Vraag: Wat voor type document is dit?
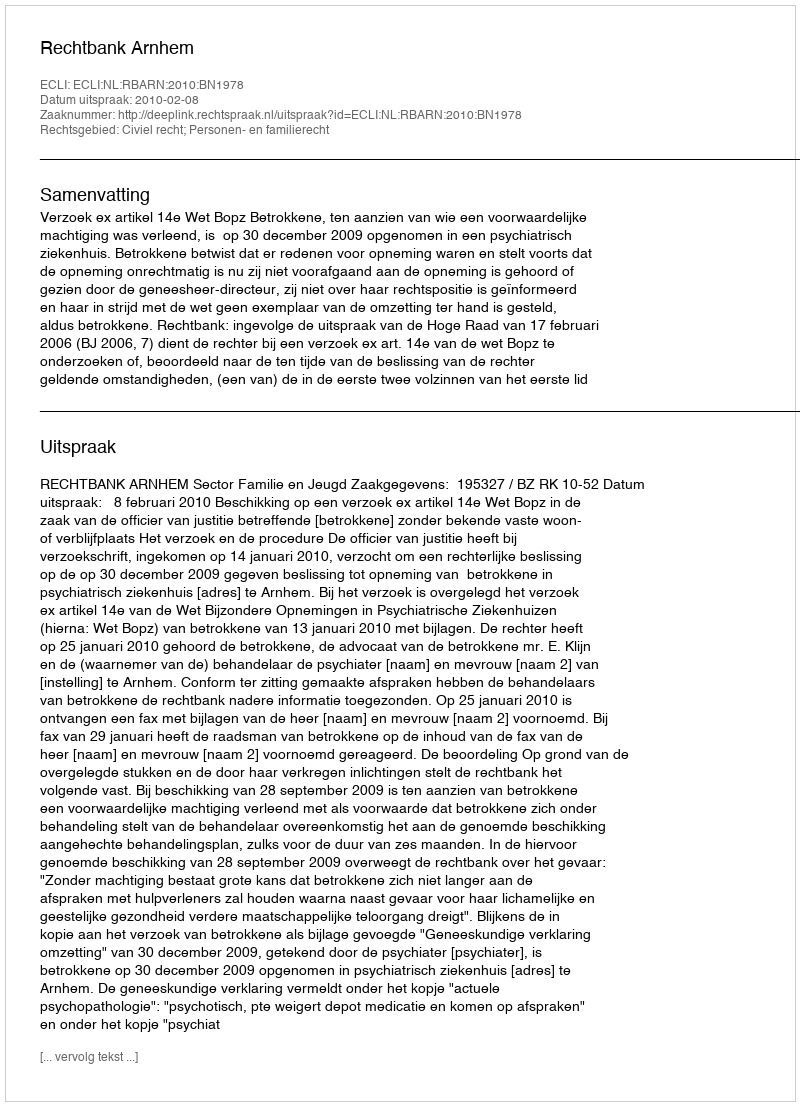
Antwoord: Uitspraak